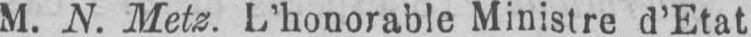
M. N. Metz. L’honorable Ministre d’Etat